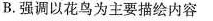
B.强调以花鸟为主要描绘内容